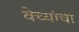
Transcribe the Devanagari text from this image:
वेच्यांचा